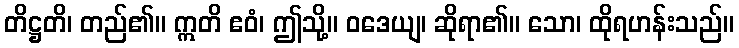
တိဋ္ဌတိ၊ တည်၏။ ဣတိ ဧဝံ၊ ဤသို့။ ဝဒေယျ၊ ဆိုရာ၏။ သော၊ ထိုရဟန်းသည်။